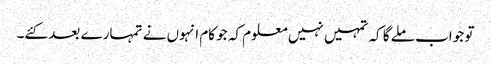
تو جواب ملے گا کہ تمہیں نہیں معلوم کہ جو کام انہوں نے تمہارے بعد کئے۔